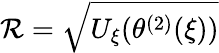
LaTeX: {\mathcal R}=\sqrt{U_{\xi}(\theta^{(2)}(\xi))}